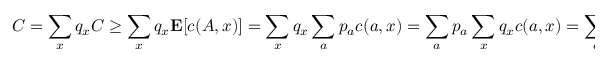
C = \sum _ { x } q _ { x } C \geq \sum _ { x } q _ { x } \mathbf { E } [ c ( A , x ) ] = \sum _ { x } q _ { x } \sum _ { a } p _ { a } c ( a , x ) = \sum _ { a } p _ { a } \sum _ { x } q _ { x } c ( a , x ) = \sum _ { a } p _ { a } \mathbf { E } [ c ( a , X ) ] \geq \sum _ { a } p _ { a } D = D .